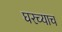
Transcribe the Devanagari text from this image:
घरच्याच